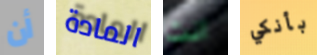
أن المادة انت بأنكي